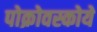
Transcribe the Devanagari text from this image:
पोक्रोवस्कोये